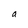
Character: a